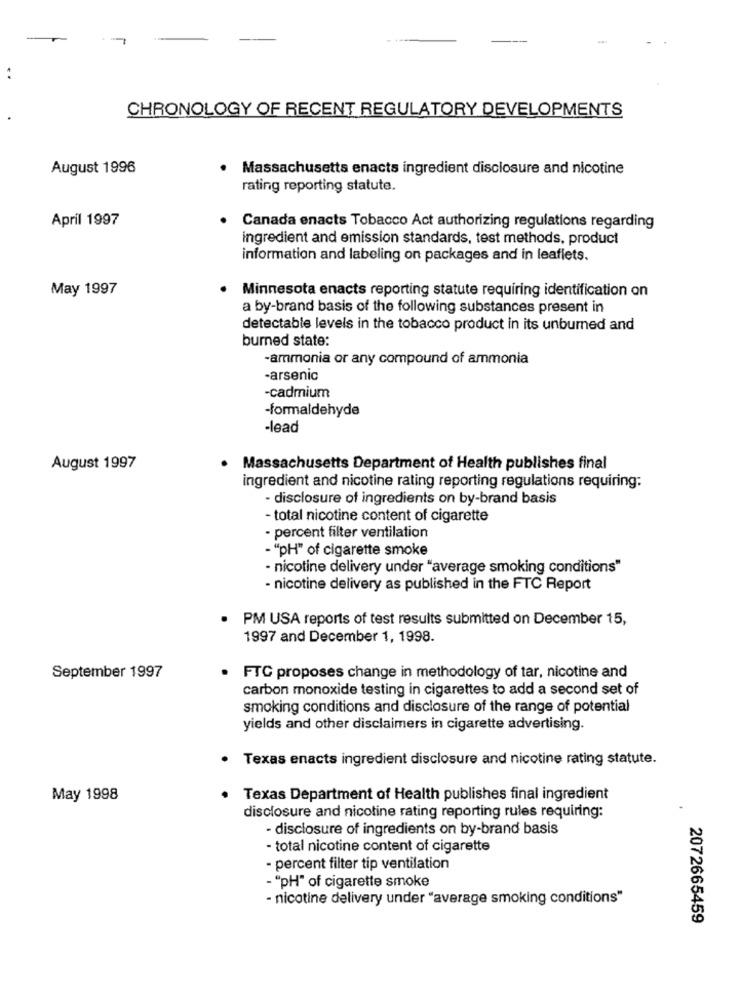
CHRONOLOGY OF RECENT REGULATORY DEVELOPMENTS
August 1996
Massachusetts enacts ingredient disclosure and nicotine
rating reporting statute.
April 1997
. Canada enacts Tobacco Act authorizing regulations regarding
ingredient and emission standards, test methods, product
information and labeling on packages and in leaflets.
May 1997
Minnesota enacts reporting statute requiring identification on
a by-brand basis of the following substances present in
detectable levels in the tobacco product in its unburned and
burned state:
-ammonia or any compound of ammonia
-arsenic
-cadmium
-formaldehyde
-lead
August 1997
. Massachusetts Department of Health publishes final
ingredient and nicotine rating reporting regulations requiring:
- disclosure of ingredients on by-brand basis
- total nicotine content of cigarette
- percent filter ventilation
- "pH" of cigarette smoke
- nicotine delivery under "average smoking conditions"
- nicotine delivery as published in the FTC Report
.
PM USA reports of test results submitted on December 15,
1997 and December 1, 1998.
September 1997
.
FTC proposes change in methodology of tar, nicotine and
carbon monoxide testing in cigarettes to add a second set of
smoking conditions and disclosure of the range of potential
yields and other disclaimers in cigarette advertising.
· Texas enacts ingredient disclosure and nicotine rating statute.
May 1998
Texas Department of Health publishes final ingredient
disclosure and nicotine rating reporting rules requiring:
- disclosure of ingredients on by-brand basis
- total nicotine content of cigarette
- percent filter tip ventilation
- "PH" of cigarette smoke
- nicotine delivery under "average smoking conditions"
2072665459